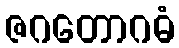
ဇဂတောဂဓံ